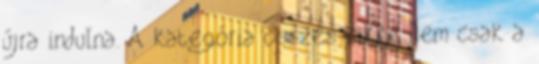
újra indulna. A kategória összes cikke Nem csak a